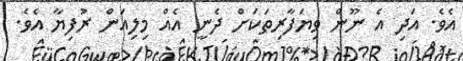
އެވެ. އަދި އެ ނޫން ވިޔަފާރިތަކަށް ދެނީ އެއް މިލިއަން ރުފިޔާ އެވެ.